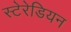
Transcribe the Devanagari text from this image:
स्टेरेडियन